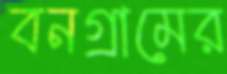
বনগ্রামের